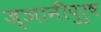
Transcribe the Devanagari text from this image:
ज्ञानीपुरुष